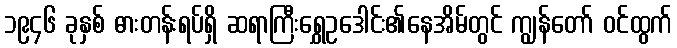
၁၉၄၆ ခုနှစ် ဓားတန်းရပ်ရှိ ဆရာကြီးရွှေဥဒေါင်း၏နေအိမ်တွင် ကျွန်တော် ဝင်ထွက်